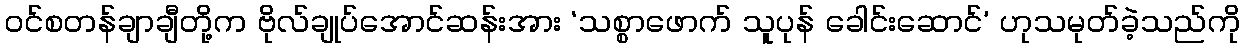
ဝင်စတန်ချာချီတို့က ဗိုလ်ချုပ်အောင်ဆန်းအား ‘သစ္စာဖောက် သူပုန် ခေါင်းဆောင်’ ဟုသမုတ်ခဲ့သည်ကို